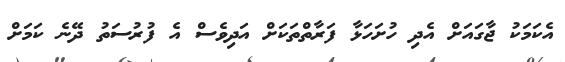
އެކަމަކު ޖާގައަށް އެދި ހުށަހަޅާ ފަރާތްތަކަށް އަދިވެސް އެ ފުރުސަތު ދޭނެ ކަމަށް